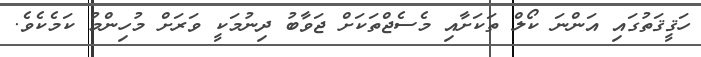
ހަޤީޤަތުގައި އަންނަ ކޯލް ތަކަށާއި މެސެޖްތަކަށް ޖަވާބު ދިނުމަކީ ވަރަށް މުހިންމު ކަމެކެވެ.